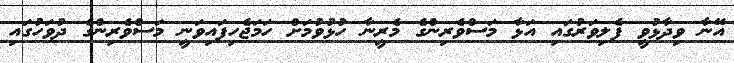
އޭނާ ވިދާޅުވީ ފެލިވަރުގައި އަޅާ މަސްވެރިންގެ މެރީނާާ ހުޅުވުމަށް ހަމަޖެހިފައިވަނީ މަސްވެރިންގެ ދުވަހުގައި